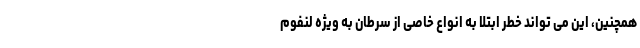
همچنین، این می تواند خطر ابتلا به انواع خاصی از سرطان به ویژه لنفوم